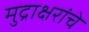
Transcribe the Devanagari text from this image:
मुद्राक्षरांचे